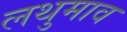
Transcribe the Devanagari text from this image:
लथुमाव